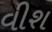
વીશ